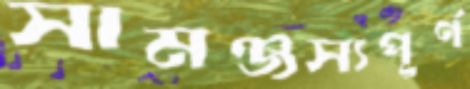
সামঞ্জস্যপূর্ণ